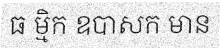
ធ ម្មិក ឧបាសក មាន